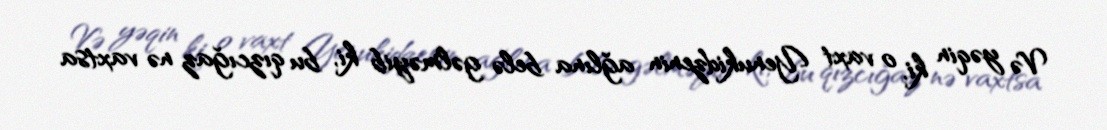
Və yəqin ki, o vaxt Yenukidzenin ağlına belə gəlməyib ki, bu qızcığaz nə vaxtsa